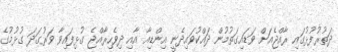
ދަތުރުފުޅުގައި ރާއްޖެއަށް ވަޑައިގަތުމުން ދައްކުވައިދެނީ އިންޑިއާ އާއި ދިވެހިރާއްޖެ ގުޅިފައިވާ ވަރުގަދަ ގުޅުމުގެ